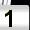
Digit: 1